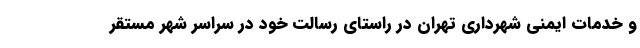
و خدمات ایمنی شهرداری تهران در راستای رسالت خود در سراسر شهر مستقر